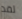
لقد